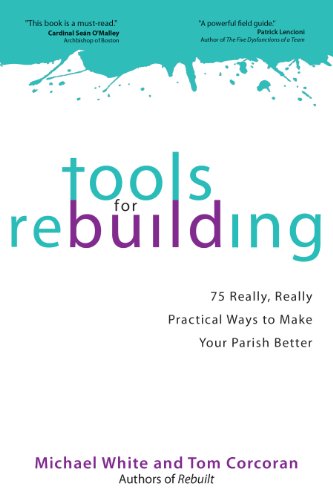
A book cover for Tools for Rebuilding: 75 Really, Really Practical Ways to Make Your Parish Better; Michael White; Christian Books & Bibles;